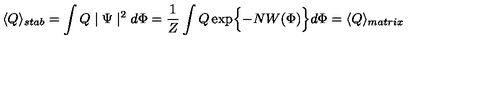
\langle Q \rangle _ { s t a b } = \int Q \mid \Psi \mid ^ { 2 } d \Phi = \frac { 1 } { Z } \int Q \exp \Bigl \{ - N W ( \Phi ) \Bigr \} d \Phi = \langle Q \rangle _ { m a t r i x }